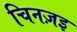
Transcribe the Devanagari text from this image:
चिनज़इ